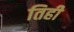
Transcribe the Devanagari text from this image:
तिही